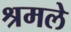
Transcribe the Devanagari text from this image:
श्रमले